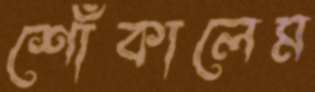
শোঁকালেম